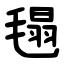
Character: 㲩